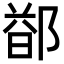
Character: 𬪐